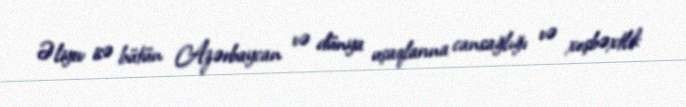
Əliyev isə bütün Azərbaycan və dünya uşaqlarına cansağlığı və xoşbəxtlik